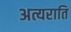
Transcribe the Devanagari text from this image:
अत्यराति